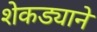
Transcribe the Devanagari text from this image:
शेकड्याने